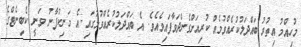
މުހިއްމު އިތުރު ބައްދަލުކުރެއްވުމެއް ކުރިއަށްގެންދަވާފައިވެއެވެ. އެ ބައްދަލުކުރެއްވުމުގައި އެ މަނިކުފާނު ވަނީ ކެބިނެޓްގެ